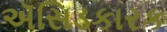
ઍસિડકારક